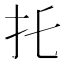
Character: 𢩺